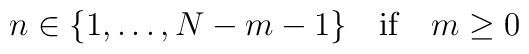
n \in \lbrace 1,\ldots, N-m-1\rbrace \quad \textrm{if} \quad m \geq    0